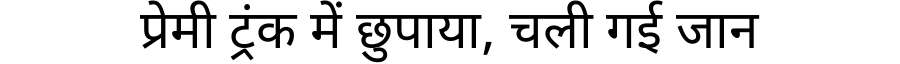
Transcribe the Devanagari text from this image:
प्रेमी ट्रंक में छुपाया, चली गई जान